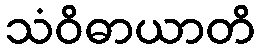
သံဝိဓာယာတိ